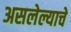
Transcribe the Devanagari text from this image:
असलेल्याचे